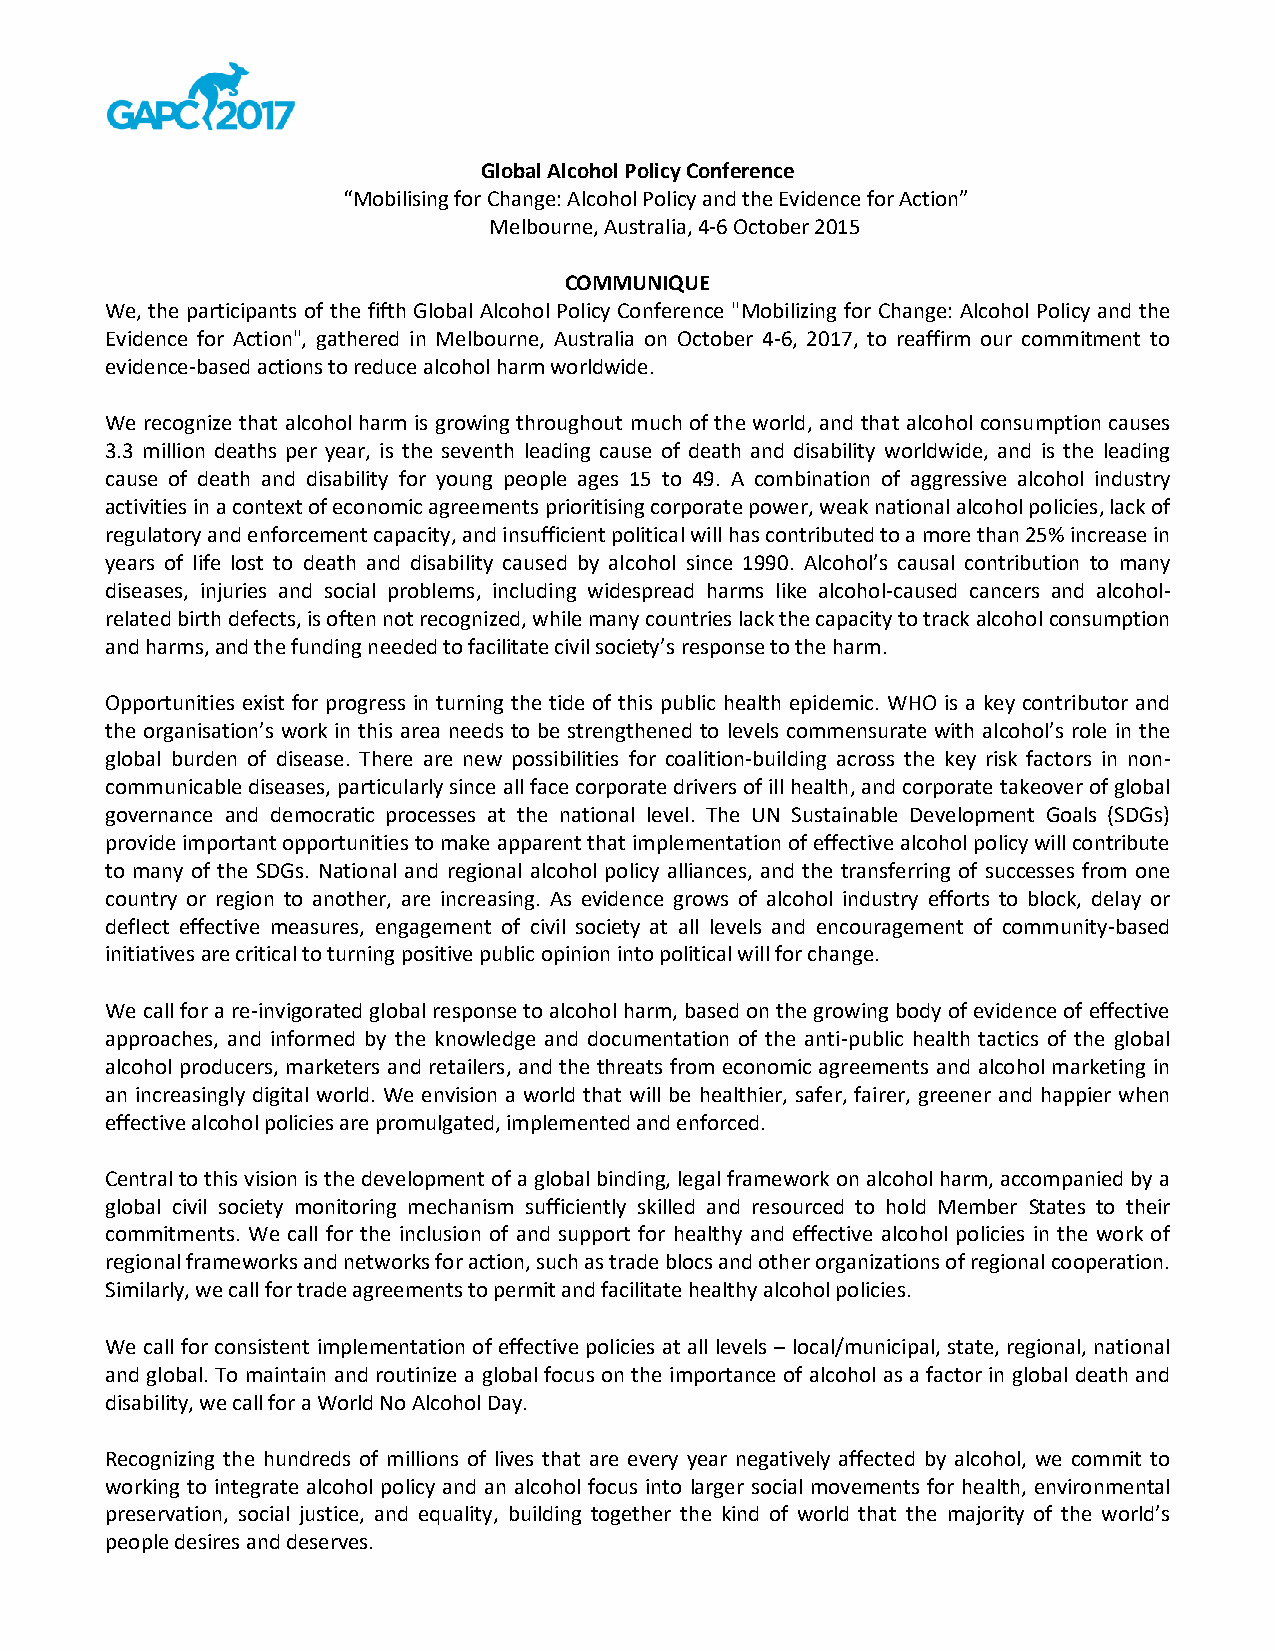
Global Alcohol Policy Conference
 “Mobilising for Change: Alcohol Policy and the Evidence for Action”
 Melbourne, Australia, 4-6 October 2015
 COMMUNIQUE
 We, the participants of the fifth Global Alcohol Policy Conference "Mobilizing for Change: Alcohol Policy and the
 Evidence for Action", gathered in Melbourne, Australia on October 4-6, 2017, to reaffirm our commitment to
 evidence-based actions to reduce alcohol harm worldwide.
 We recognize that alcohol harm is growing throughout much of the world, and that alcohol consumption causes
 3.3 million deaths per year, is the seventh leading cause of death and disability worldwide, and is the leading
 cause of death and disability for young people ages 15 to 49. A combination of aggressive alcohol industry
 activities in a context of economic agreements prioritising corporate power, weak national alcohol policies, lack of
 regulatory and enforcement capacity, and insufficient political will has contributed to a more than 25% increase in
 years of life lost to death and disability caused by alcohol since 1990. Alcohol’s causal contribution to many
 diseases, injuries and social problems, including widespread harms like alcohol-caused cancers and alcohol-
 related birth defects, is often not recognized, while many countries lack the capacity to track alcohol consumption
 and harms, and the funding needed to facilitate civil society’s response to the harm.
 Opportunities exist for progress in turning the tide of this public health epidemic. WHO is a key contributor and
 the organisation’s work in this area needs to be strengthened to levels commensurate with alcohol’s role in the
 global burden of disease. There are new possibilities for coalition-building across the key risk factors in non-
 communicable diseases, particularly since all face corporate drivers of ill health, and corporate takeover of global
 governance and democratic processes at the national level. The UN Sustainable Development Goals (SDGs)
 provide important opportunities to make apparent that implementation of effective alcohol policy will contribute
 to many of the SDGs. National and regional alcohol policy alliances, and the transferring of successes from one
 country or region to another, are increasing. As evidence grows of alcohol industry efforts to block, delay or
 deflect effective measures, engagement of civil society at all levels and encouragement of community-based
 initiatives are critical to turning positive public opinion into political will for change.
 We call for a re-invigorated global response to alcohol harm, based on the growing body of evidence of effective
 approaches, and informed by the knowledge and documentation of the anti-public health tactics of the global
 alcohol producers, marketers and retailers, and the threats from economic agreements and alcohol marketing in
 an increasingly digital world. We envision a world that will be healthier, safer, fairer, greener and happier when
 effective alcohol policies are promulgated, implemented and enforced.
 Central to this vision is the development of a global binding, legal framework on alcohol harm, accompanied by a
 global civil society monitoring mechanism sufficiently skilled and resourced to hold Member States to their
 commitments. We call for the inclusion of and support for healthy and effective alcohol policies in the work of
 regional frameworks and networks for action, such as trade blocs and other organizations of regional cooperation.
 Similarly, we call for trade agreements to permit and facilitate healthy alcohol policies.
 We call for consistent implementation of effective policies at all levels – local/municipal, state, regional, national
 and global. To maintain and routinize a global focus on the importance of alcohol as a factor in global death and
 disability, we call for a World No Alcohol Day.
 Recognizing the hundreds of millions of lives that are every year negatively affected by alcohol, we commit to
 working to integrate alcohol policy and an alcohol focus into larger social movements for health, environmental
 preservation, social justice, and equality, building together the kind of world that the majority of the world’s
 people desires and deserves.